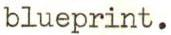
blueprint.